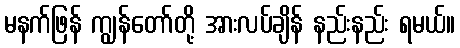
မနက်ဖြန် ကျွန်တော်တို့ အားလပ်ချိန် နည်းနည်း ရမယ်။